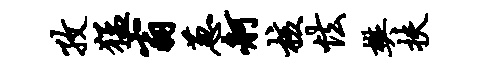
孜猛翁葱舸核怯樊扶